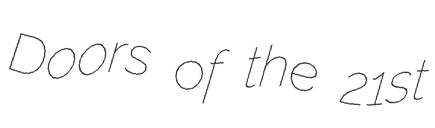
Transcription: Doors of the 21st